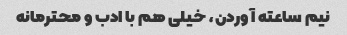
نیم ساعته آوردن، خیلی هم با ادب و محترمانه